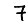
Digit: 7